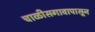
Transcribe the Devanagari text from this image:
चाळीसगावापासून